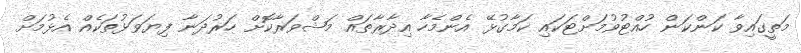
މަތީގައިވާ ކަންކަން ހުއްޓުވުމަށްޓަކައި ކަމާގުޅޭ އެންމެހާ އިދާރާތައް މަޝްވަރާކޮށް ހަރުދަނާ ފިޔަވަޅުތަކެއް އެޅުމަށް